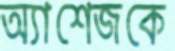
অ্যাশেজকে